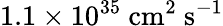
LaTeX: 1.1\times 10^{35}\ \textrm{cm}^{2}\ \textrm{s}^{-1}